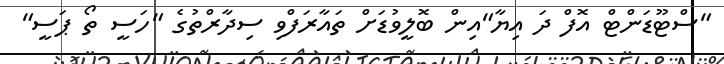
"ސްޓޫޑަންޓް އޮފް ދަ އިޔާ"އިން ބޮލީވުޑަށް ތައާރަފްވި ސިދާރްތުގެ "ހަސީ ތޯ ޕަސީ"